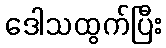
ဒေါသထွက်ပြီး